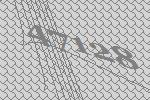
47128